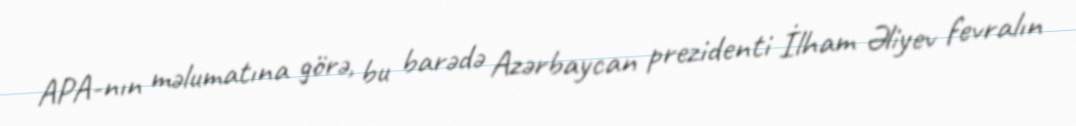
APA-nın məlumatına görə, bu barədə Azərbaycan prezidenti İlham Əliyev fevralın